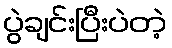
ပွဲချင်းပြီးပဲတဲ့